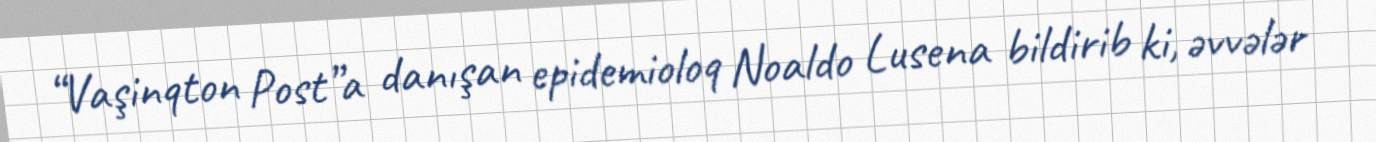
“Vaşinqton Post”a danışan epidemioloq Noaldo Lusena bildirib ki, əvvələr